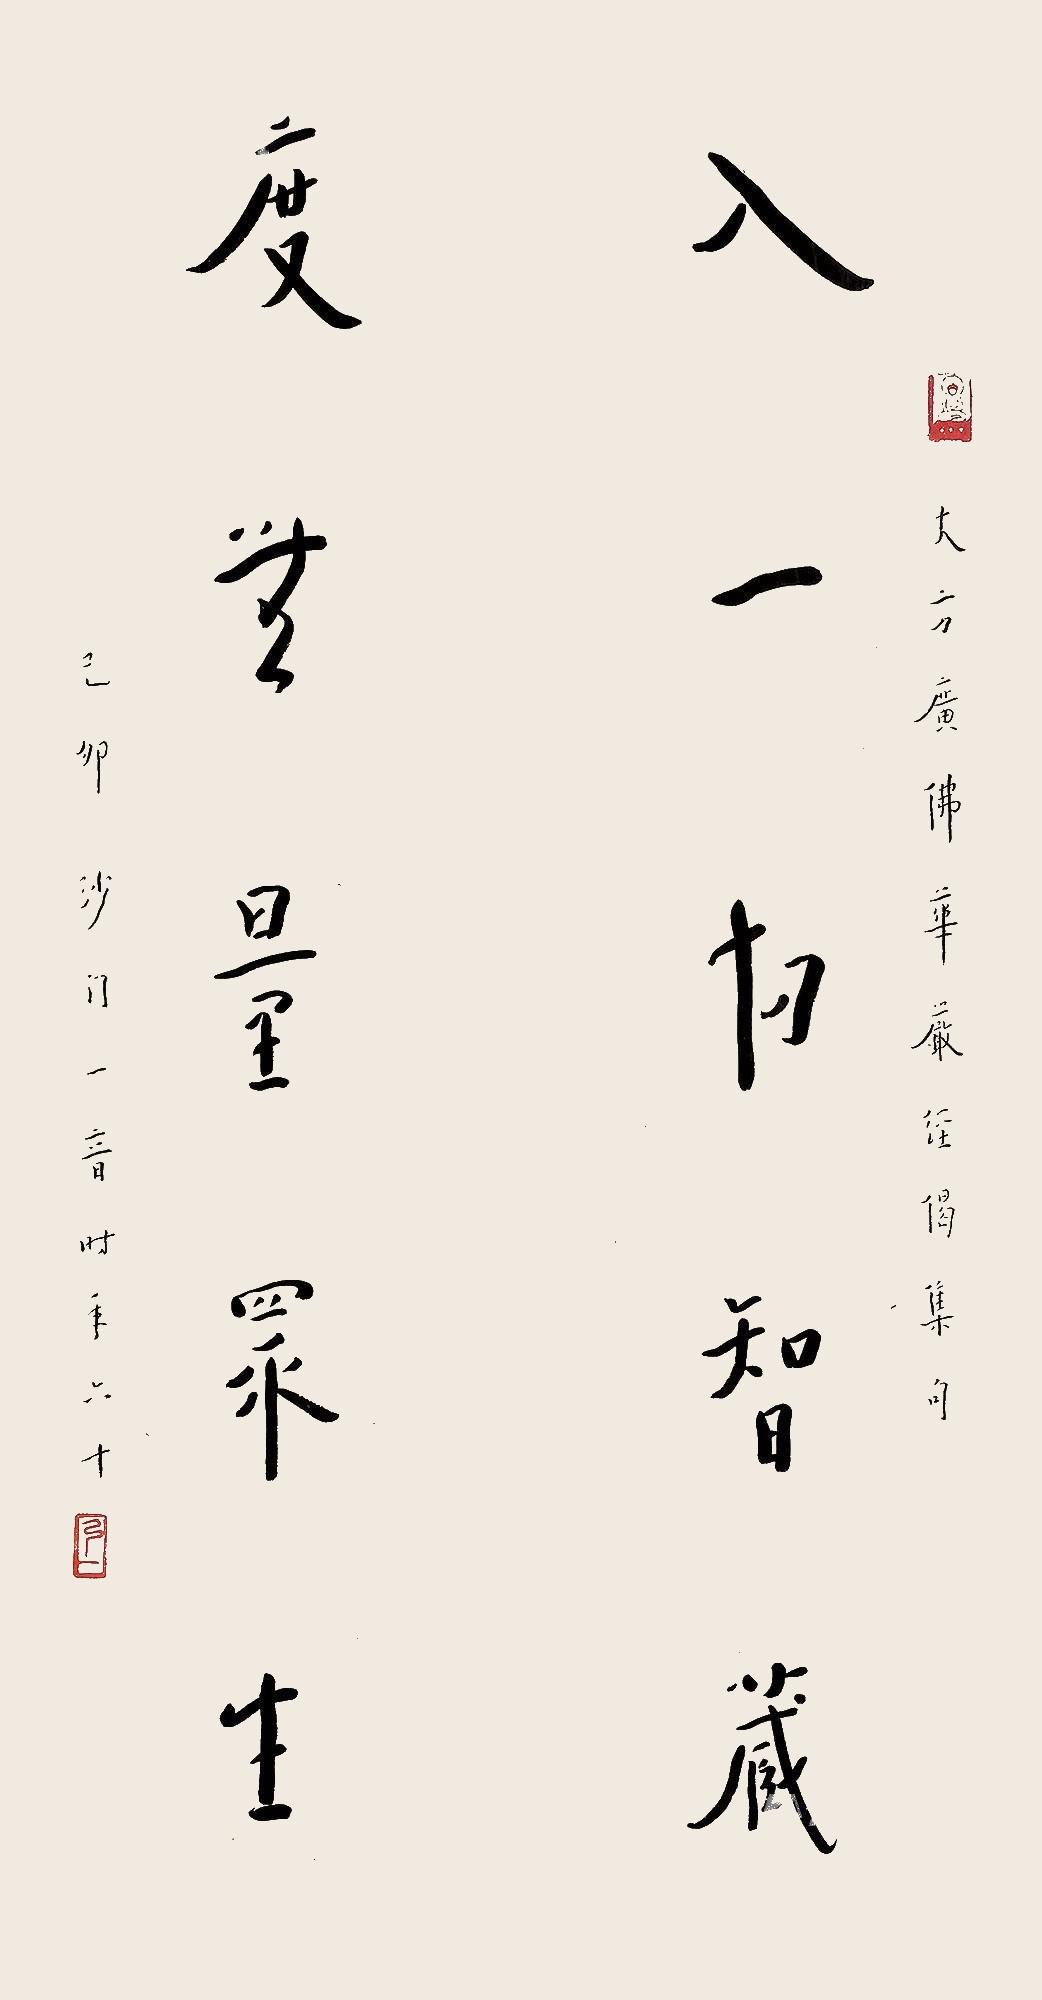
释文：入一切智藏，度无量众生。大方广佛华严经偈集句，己卯（1939年）沙门一音，时年六十。